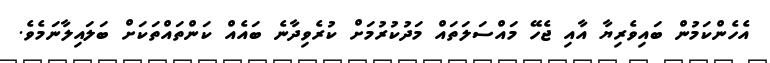
އެހެންކަމުން ބައިވެރިޔާ އާއި ޖެހޭ މައްސަލަތައް މަދުކުރުމަށް ކުރެވިދާނެ ބައެއް ކަންތައްތަކަށް ބަލައިލާނަމެވެ.